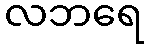
လဘရေ